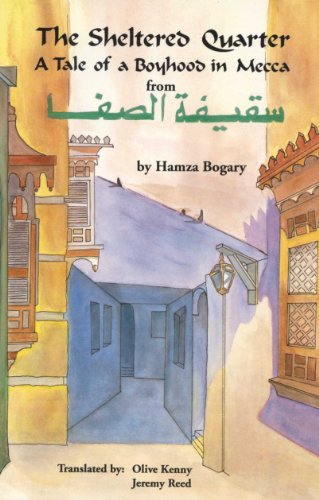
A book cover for The Sheltered Quarter: A Tale of a Boyhood in Mecca (Modern Middle East Literature in Translation); Hamza Bogary; Religion & Spirituality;